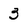
Character: 3